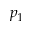
p _ { 1 }